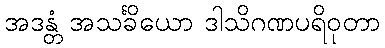
အဒန္တံ အသင်္ခိယော ဒါသိဂဏပရိဝုတာ